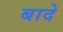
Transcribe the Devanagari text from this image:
बादे